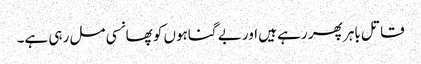
قاتل باہر پھر رہے ہیں اور بے گناہوں کو پھانسی مل رہی ہے۔